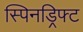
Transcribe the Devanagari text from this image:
स्पिनड्रिफ्ट